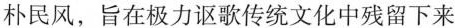
朴民风，旨在极力讴歌传统文化中残留下来